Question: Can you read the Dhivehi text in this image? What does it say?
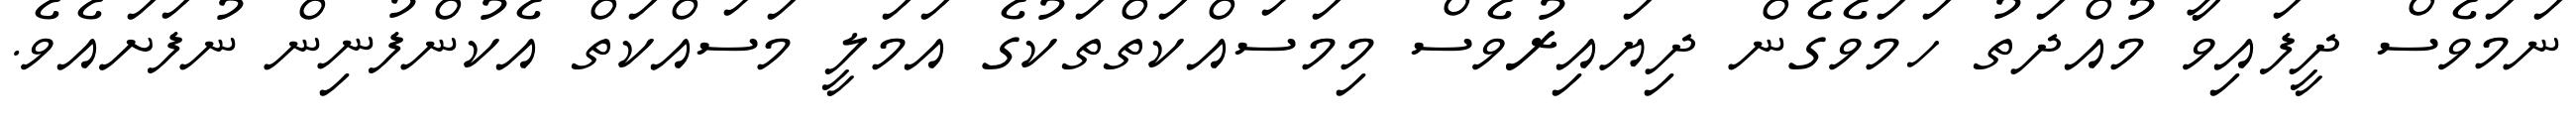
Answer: ނަމަވެސް ދީފައިވާ މުއްދަތު ހަމަވެގެން ދިޔައިރުވެސް މިމަސައްކަތްތަކުގެ އަމަލީ މަސައްކަތް އެކުންފުނިން ނުފަށައެވެ.